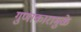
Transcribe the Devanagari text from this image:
गुणाकारामुळे